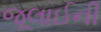
જૂલાઈની